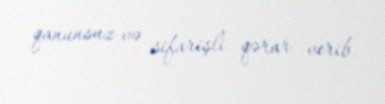
qanunsuz və sifarişli qərar verib.